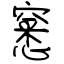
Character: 窸